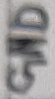
Text: GND